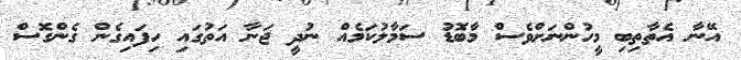
އޭނާ އެތާތިބި މީހުންނަށްވެސް މާބޮޑު ސަމާލުކަމެއް ނުދީ ޖަނާ އަތުގައި ހިފައިގެން ގެންގޮސް